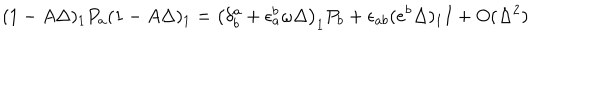
LaTeX: ( 1 - A \Delta ) _ { 1 } P _ { a } ( 1 - A \Delta ) _ { 1 } = \left( \delta _ { b } ^ { a } + \epsilon _ { a } ^ { b } \omega \Delta \right) _ { 1 } P _ { b } + \epsilon _ { a b } ( e ^ { b } \Delta ) _ { 1 } I + O ( \Delta ^ { 2 } )